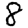
Digit: 8